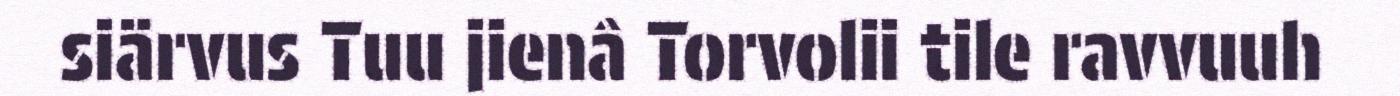
siärvus Tuu jienâ Torvolii tile ravvuuh